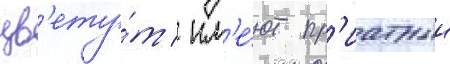
цв'ету́т / им'е́ют пр'иатныи